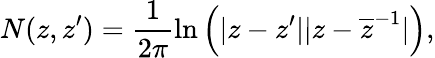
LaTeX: N(z,z^{\prime})=\frac{1}{2\pi}\ln\left(|z-z^{\prime}||z-\overline{{{z}}}^{-1}|\right),